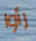
رأوا